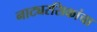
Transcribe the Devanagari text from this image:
नाट्यरसिकांचा